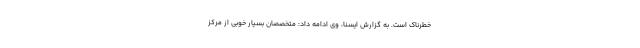
خطرناک است. به گزارش ایسنا، وی ادامه داد: متخصصان بسیار خوبی از مرکز